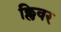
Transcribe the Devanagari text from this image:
क्लिवर